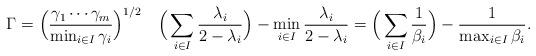
LaTeX: \begin{align*}\Gamma =\Big(\frac{\gamma_1\cdots\gamma_m}{\min_{i\in I}\gamma_i}\Big)^{1/2}\quad\Big(\sum_{i\in I}\frac{\lambda_i}{2-\lambda_i}\Big) -\min_{i\in I}\frac{\lambda_i}{2-\lambda_i} =\Big(\sum_{i\in I}\frac{1}{\beta_i}\Big) -\frac{1}{\max_{i\in I}\beta_i}.\end{align*}